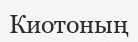
Киотоның